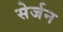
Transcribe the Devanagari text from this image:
सेर्जन